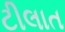
ટીલાત